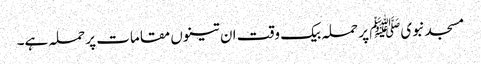
مسجدنبویﷺ پر حملہ بیک وقت ان تینوں مقامات پر حملہ ہے۔